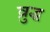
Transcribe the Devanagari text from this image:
व्रुद्ध